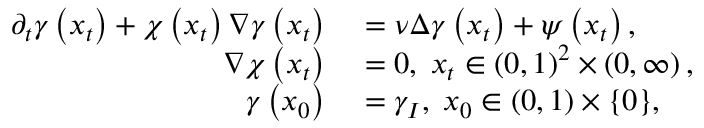
\begin{array} { r l } { \partial _ { t } \gamma \left( x _ { t } \right) + \chi \left( x _ { t } \right) \nabla \gamma \left( x _ { t } \right) } & { { } = \nu \Delta \gamma \left( x _ { t } \right) + \psi \left( x _ { t } \right) , } \\ { \nabla \chi \left( x _ { t } \right) } & { { } = 0 , \; x _ { t } \in \left( 0 , 1 \right) ^ { 2 } \times \left( 0 , \infty \right) , } \\ { \gamma \left( x _ { 0 } \right) } & { { } = \gamma _ { I } , \; x _ { 0 } \in \left( 0 , 1 \right) \times \{ 0 \} , } \end{array}